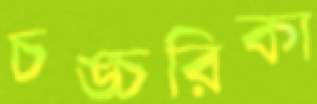
চঙ্চরিকা